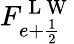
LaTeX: F_{e+\frac{1}{2}}^{\mathrm{~L~W~}}